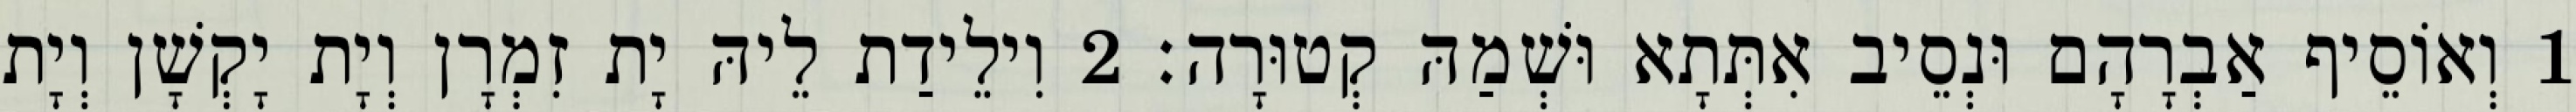
1 וְאוֹסֵיף אַבְרָהָם וּנְסֵיב אִתְּתָא וּשְׁמַהּ קְטוּרָה׃ 2 וִילֵידַת לֵיהּ יָת זִמְרָן וְיָת יָקְשָׁן וְיָת